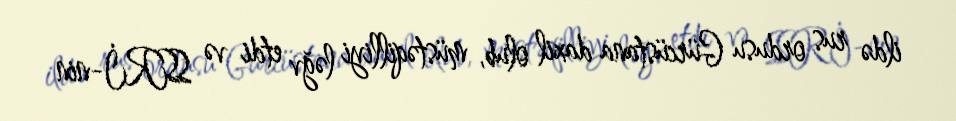
ildə rus ordusu Gürcüstana daxil olub, müstəqilliyi ləğv etdi və SSRİ-nin